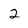
Character: 2